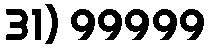
31) 99999